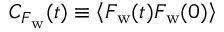
C _ { F _ { \mathrm { w } } } ( t ) \equiv \left< F _ { \mathrm { w } } ( t ) F _ { \mathrm { w } } ( 0 ) \right>